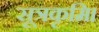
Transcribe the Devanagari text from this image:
सूत्रकृमि।